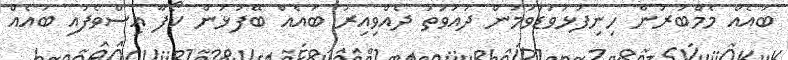
ބައެއް މެމްބަރުން ހިނިފުޅުވަޑުވަމުން ދައުވަތު ދެއްވިއިރު ބައެއް ބޭފުޅުން ކޯފާ އިސްވެފައި ބައެއް